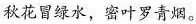
秋花冒绿水，密叶罗青烟。